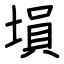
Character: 塤